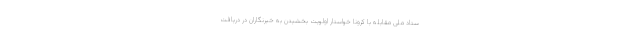
ستاد ملی مقابله با کرونا خواستار اولویت بخشیدن به خبرنگاران در دریافت